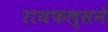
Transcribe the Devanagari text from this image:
रायफल्सने